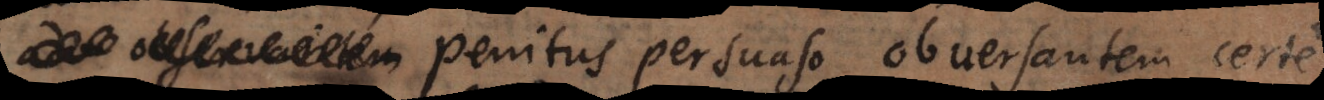
penitus persuaso obversantem certe